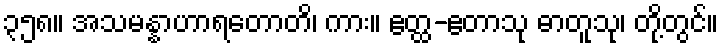
၃၅၈။ အသမန္နာဟာရတောတိ၊ ကား။ ဧတ္ထ-ဧတာသု ဓာတူသု၊ တို့တွင်။